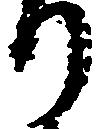
り